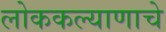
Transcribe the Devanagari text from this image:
लोककल्याणाचे